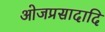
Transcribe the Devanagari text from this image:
ओजप्रसादादि